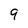
Character: 9